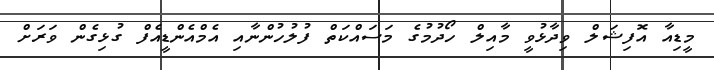
މީޑިއާ އޮފިޝަލް ވިދާޅުވީ މާއިލް ހޯދުމުގެ މަސައްކަތް ފުލުހުންނާއި އެމްއެންޑީއެފް ގުޅިގެން ވަރަށް